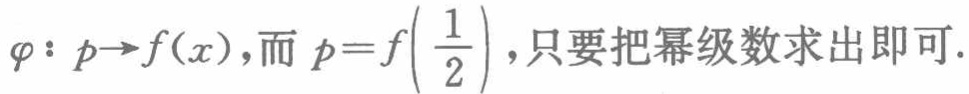
\(\varphi: p\to f(x),而 p = f\left(\frac{1}{2}\right),只要把幂级数求出即可.\)